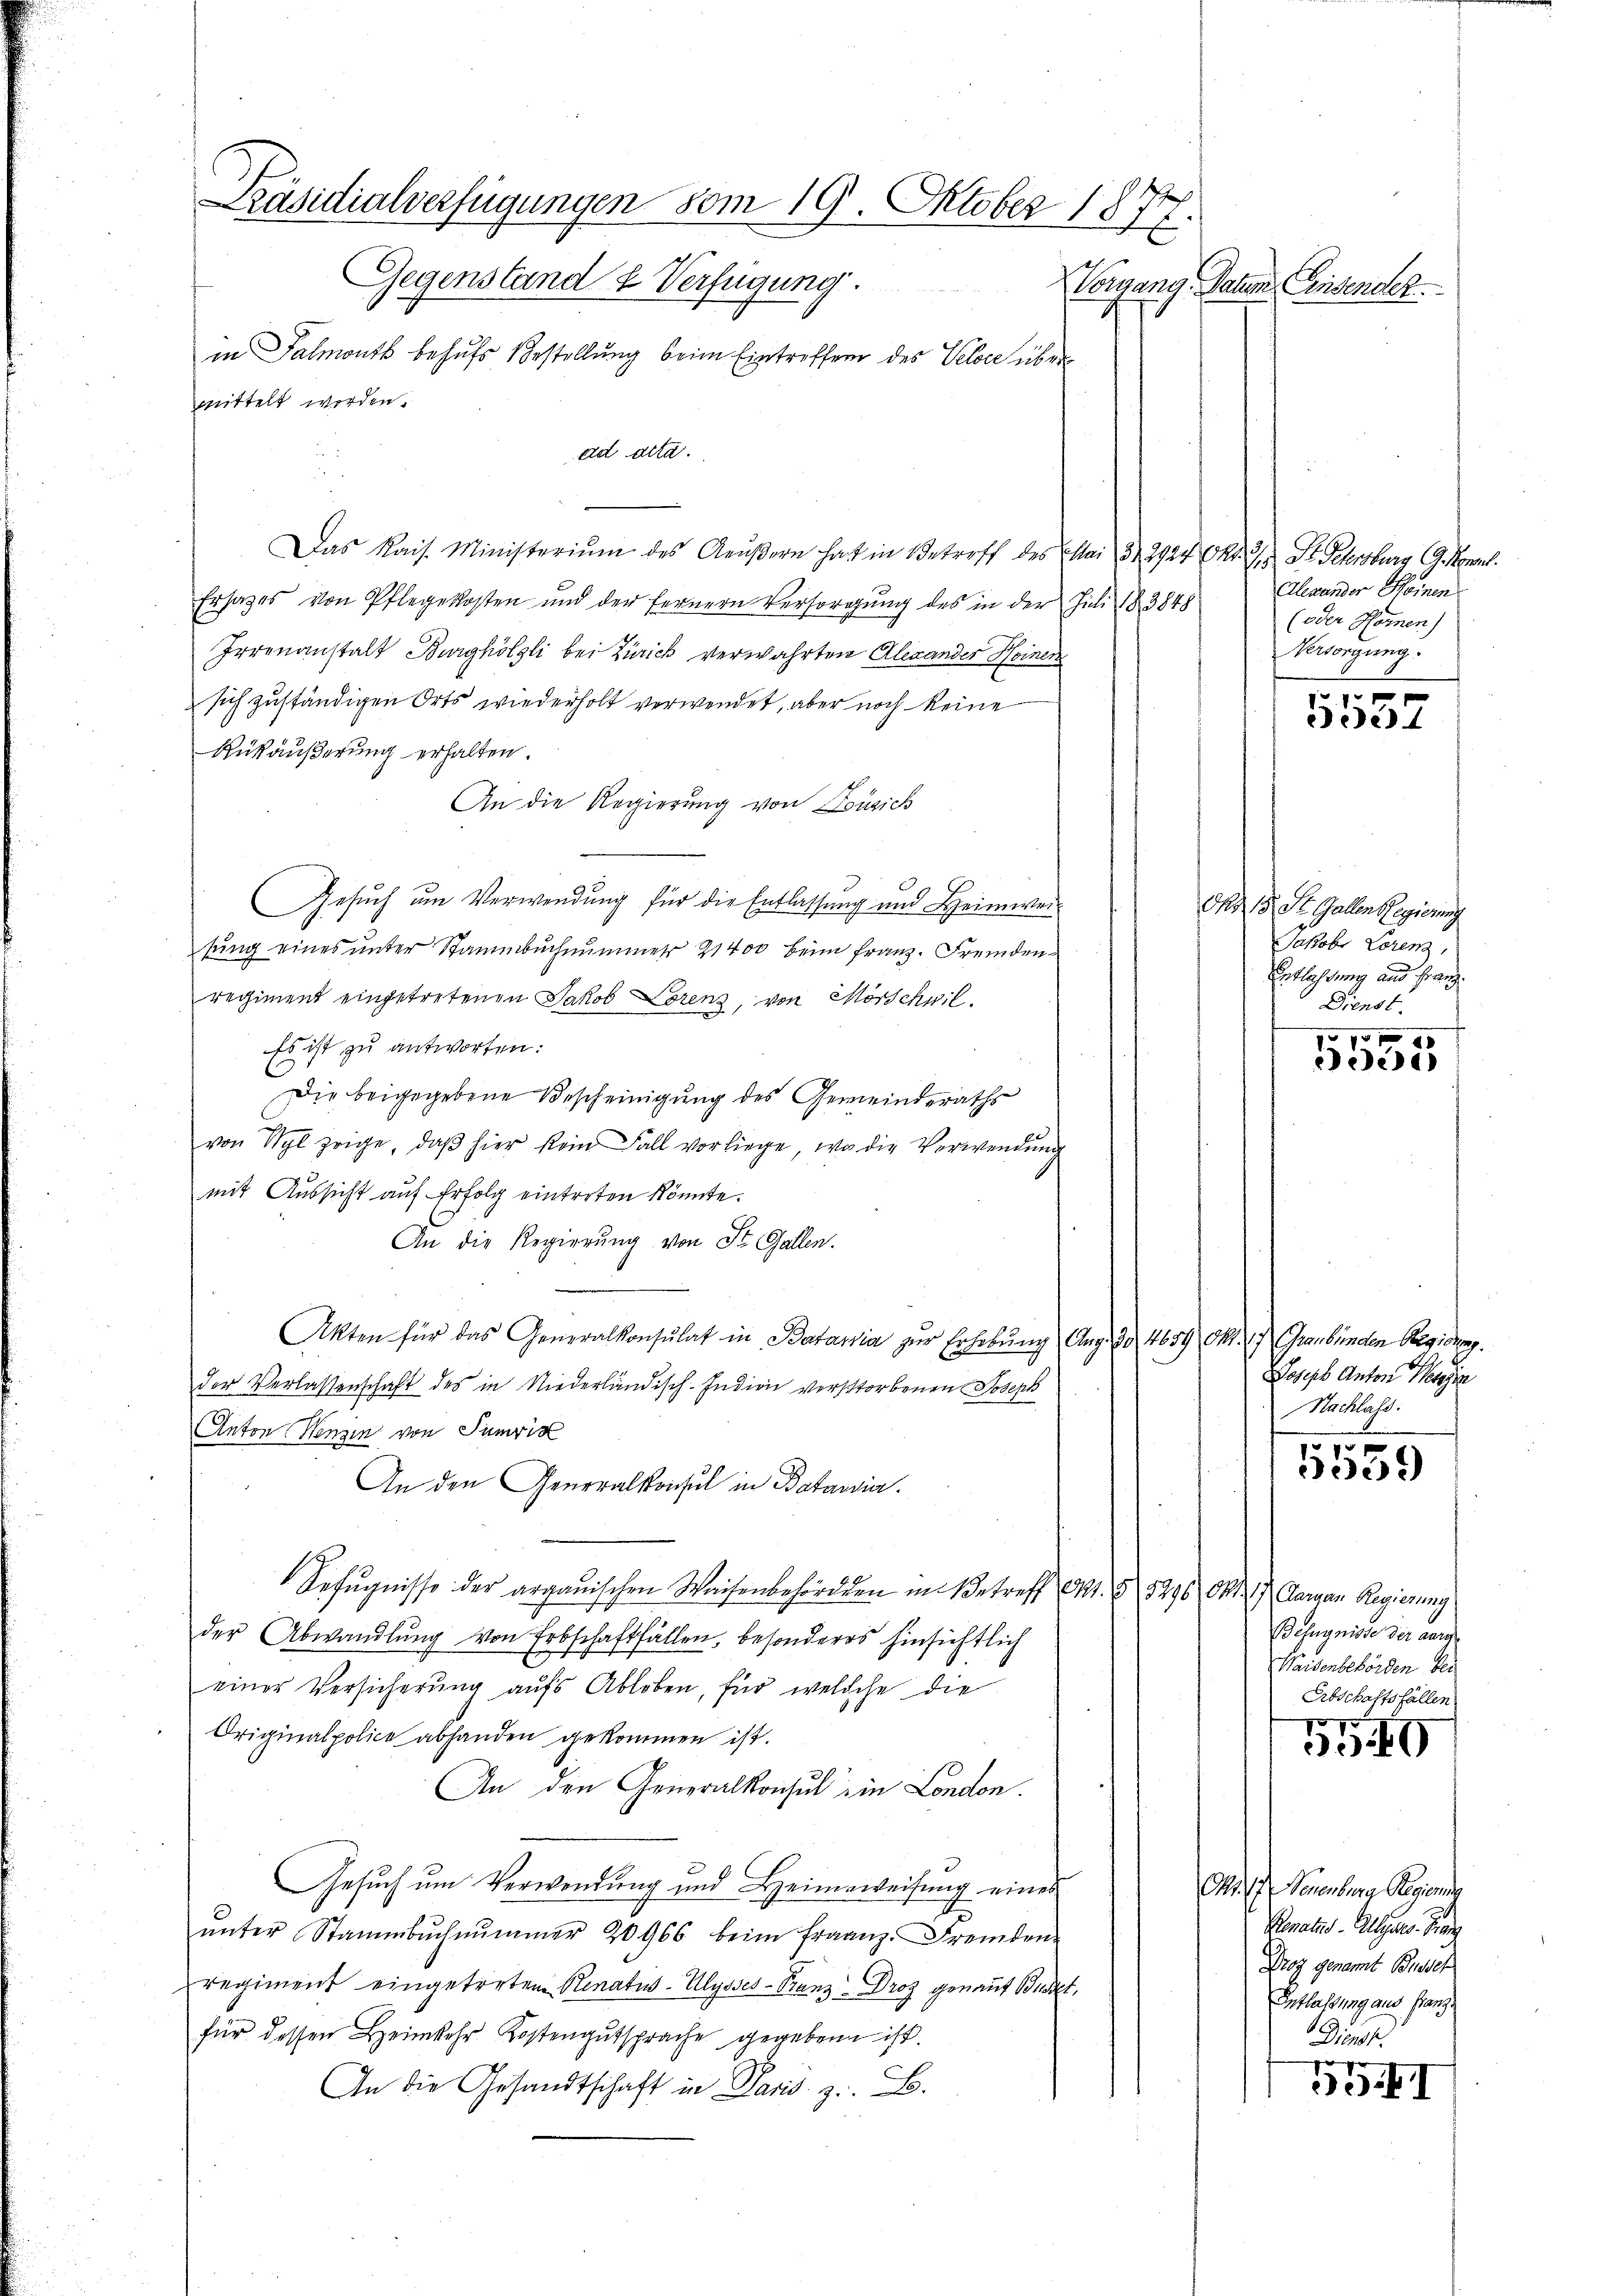
Präsidialverfügungen vom 19. Oktober 187
Gegenstand & Verfügung.
Vorgang. Datum ansensch
in Falmonts behufs Bestellung beim Eintreffen des Veloce über
mittelt worden.

ad acta.
Das Kais. Ministerium des Aeŭβern hat in Betreff des Mai 31. 2924 Okt. 1 St. Petersburg G. Monnl.
Ersatzes von Pflegekosten und der fernern Versorgŭng des in der Juli 183848
Irrenanstalt Burghölzli bei Zürich verwahrten Alexander Heinen
sich zuständigen Orts wiederholt verwendet, aber noch keine
Rükäußerung erhalten.
An die Regierung von Zusich
Gesuch um Verwendung für die Entlassung und Heimweisung eines unter Stammbuchnummer 21400 beim Franz. Fremdenregiment eingetretenen Jakob Lorenz, von Mörschwil
Es ist zu antworten:
Die beigegebene Bescheinigung des Gemeinderaths
von Wyl zeige, daβ hier kein Fall vorliege, wo die Verwendŭng
mit Aussicht auf Erfolg eintreten könnte.
An die Regierung von St. Gallen.
Akten für das Generalkonsulat in Bataria zur Erhebung Aug. 130, 4659 Okt. 1) Graubünden Regieng.
der Verlassenschaft des in Niederländisch-Indion verstorbenen Joseph
Anton Wenzen von Sumris
An den Generalkonsul in Batavia.
Befugnisse der argauischen Waisenbehörden in Betreff Okt. § 5296. Okt. 1) Aargau Regierung
der Abwandlŭng von Erbschaftfällen, besonderes hinsichtlich
einer Versicherŭng aufs Abloben, für welche die
Originalpolice abhanden gekommen ist.
An den Generalkonsul in London.
Gesuch um Verwendung und Heimweisung eines
ŭnter Stammbŭchnŭmmer 20966 beim Fraanz. Fremden-
regiment eingetreten Renatus-Ulysses-Franz Droz genant Busset,
für dessen Heimkehr Kostengŭtsprache gegebene ist.
An die Gesandtschaft in Paris. z. B.

Alexander Seinen
(oder Sonnen)
Versorgung.

537

dß. 13. St. Gallen Regierung
Jakob Loren,
Eeflachtung und Franz
Dienst.

xx
ede

Joseph Anton Messen
Nachlass
1539

Befugnisse der aarg
Waisenbehörden bei
Erbschaftsfällen
5

Ao. 17. Neuenburg Regier
Renatur - Allges. Franz
Droz genamt Busseh
Entlassung aus Franz
Diens.
g

I